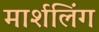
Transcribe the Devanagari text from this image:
मार्शलिंग